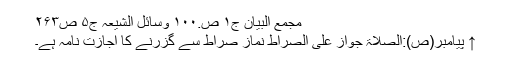
مجمع البیان ج۱ ص.۱۰۰ وسائل الشیعہ ج۵ ص۲۶۳
↑ پیامبر(ص):الصلاۃ جواز علی الصراط نماز صراط سے گزرنے کا اجازت نامہ ہے۔